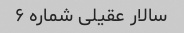
سالار عقیلی شماره ۶